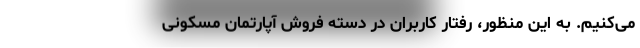
می‌کنیم. به این منظور، رفتار کاربران در دسته فروش آپارتمان مسکونی